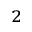
_ 2